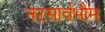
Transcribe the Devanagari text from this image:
नटसार्वभौम